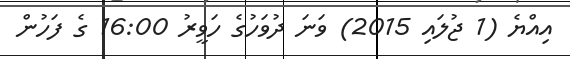
އިއްޔެ (1 ޖުލައި 2015) ވަނަ ދުވަހުގެ ހަވީރުު 16:00 ގެ ފަހުން